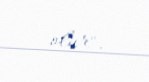
olur".